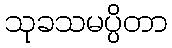
သုခသမပ္ပိတာ